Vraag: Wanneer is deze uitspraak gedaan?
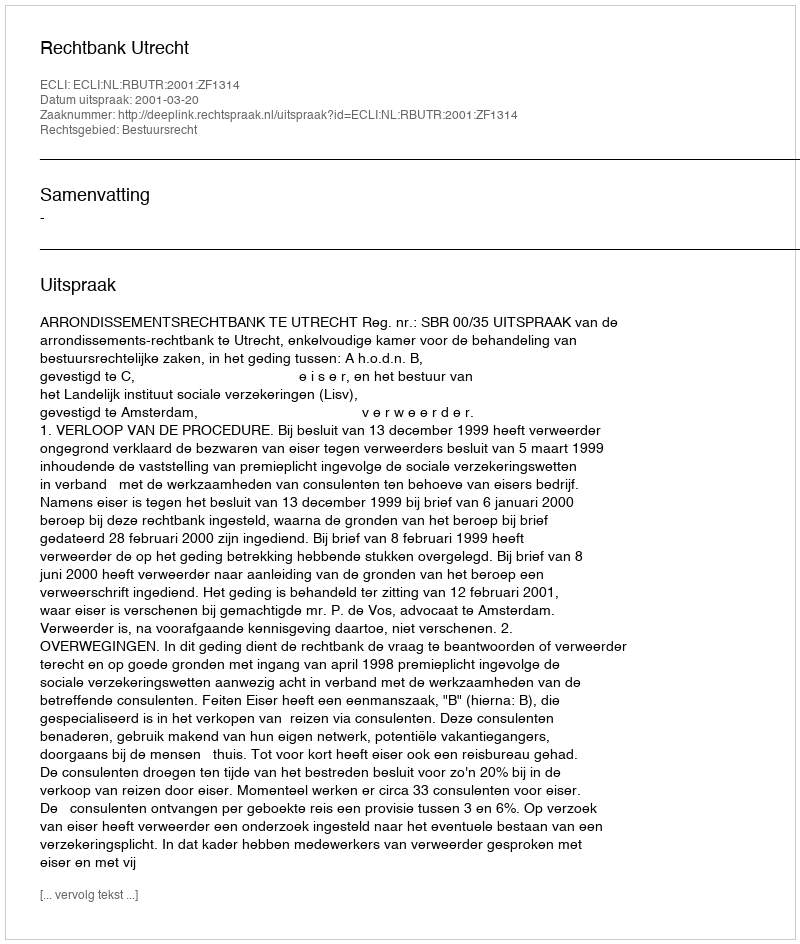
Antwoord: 2001-03-20